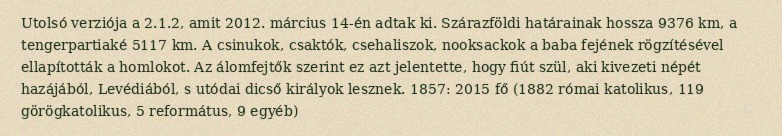
Utolsó verziója a 2.1.2, amit 2012. március 14-én adtak ki. Szárazföldi határainak hossza 9376 km, a tengerpartiaké 5117 km. A csinukok, csaktók, csehaliszok, nooksackok a baba fejének rögzítésével ellapították a homlokot. Az álomfejtők szerint ez azt jelentette, hogy fiút szül, aki kivezeti népét hazájából, Levédiából, s utódai dicső királyok lesznek. 1857: 2015 fő (1882 római katolikus, 119 görögkatolikus, 5 református, 9 egyéb)